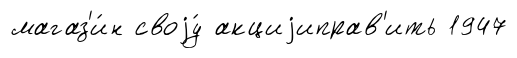
магаз'и́н своjу́ акциjиправ'ить 1947